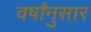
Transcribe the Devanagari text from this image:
वर्षांनुसार